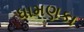
ધામણકા